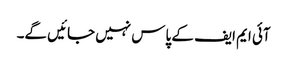
آئی ایم ایف کے پاس نہیں جائیں گے۔